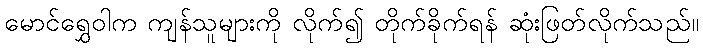
မောင်ရွှေဝါက ကျန်သူများကို လိုက်၍ တိုက်ခိုက်ရန် ဆုံးဖြတ်လိုက်သည်။